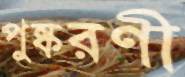
পুষ্করণী